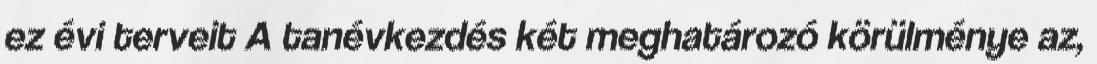
ez évi terveit A tanévkezdés két meghatározó körülménye az,